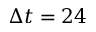
\Delta t = 2 4